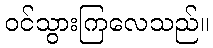
ဝင်သွားကြလေသည်။